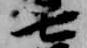
七